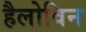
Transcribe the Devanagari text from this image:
हैलोविन